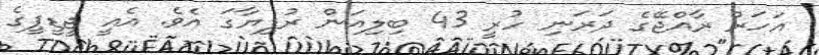
އަހަރު ރާއްޖޭގެ ދަރަނި ހުރީ 43 ބިލިއަން ރުފިޔާގަ އެވެ. އެއީ ޖީޑީޕީގެ